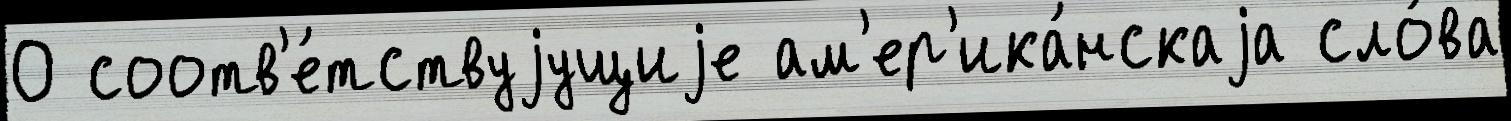
О соотв'е́тствуjущиjе ам'ер'ика́нскаjа сло́ва